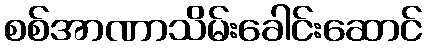
စစ်အာဏာသိမ်းခေါင်းဆောင်